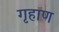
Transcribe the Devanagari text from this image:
गृहाण